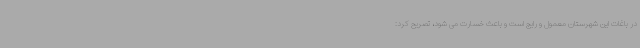
در باغات این شهرستان معمول و رایج است و باعث خسارت می شود، تصریح کرد: